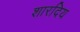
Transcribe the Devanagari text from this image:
शारदिय